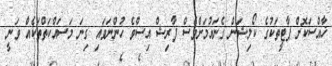
ޚާއްސަކޮށް ޕާޓީތަކުގެ ކޯލިޝަން ގެނައުމަށްވެސް ފާރިޝް އިސްވެ ހުންނަވައި ގިނަ މަސައްކަތްތަކެއް ވަނީ